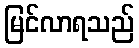
မြင်လာရသည်